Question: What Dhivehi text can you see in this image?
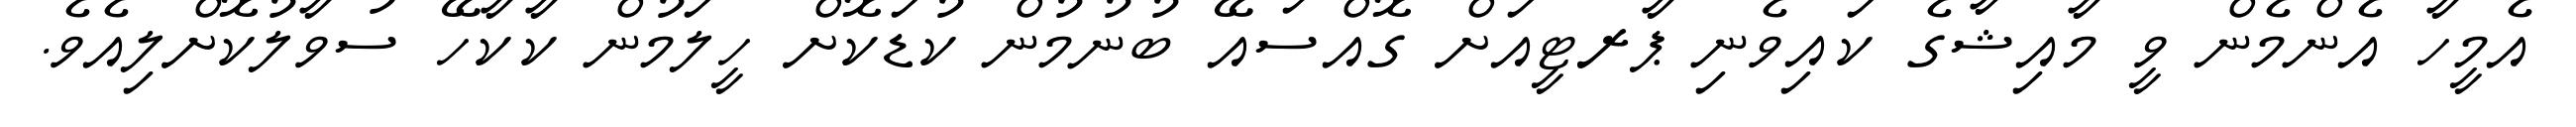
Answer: އެމީހާ އެންމެން ވީ މާއިޝާގެ ކައިވެނި ޕާރޓީއަށް ގޮއްސައޭ ބުނުމުން ކުޑަކޮށް ހީލަމުން ކާކާހޭ ސުވާލުކޮށްލިއެވެ.